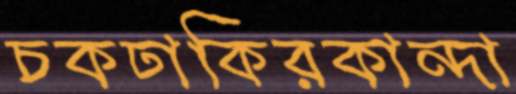
চকঢাকিরকান্দা